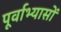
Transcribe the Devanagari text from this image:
पूर्वाभ्यासों